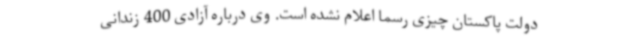
دولت پاکستان چیزی رسما اعلام نشده است. وی درباره آزادی 400 زندانی